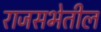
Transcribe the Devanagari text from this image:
राजसभेतील